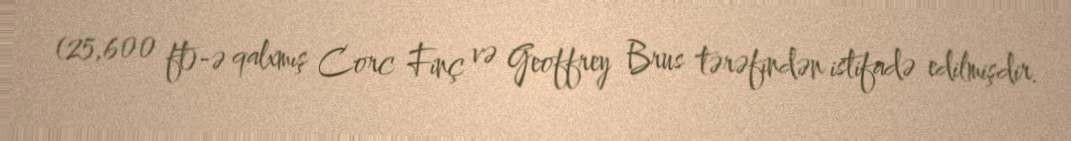
(25,600 ft)-ə qalxmış Corc Finç və Geoffrey Brus tərəfindən istifadə edilmişdir.